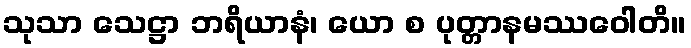
သုသာ သေဋ္ဌာ ဘရိယာနံ၊ ယော စ ပုတ္တာနမဿဝေါတိ။